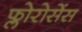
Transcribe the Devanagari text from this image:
फ्लोरोसेंस